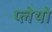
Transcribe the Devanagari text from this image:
प्लेथो